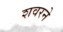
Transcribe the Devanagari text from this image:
शवरने